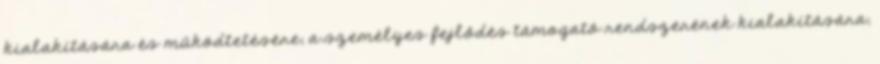
kialakítására és működtetésére, a személyes fejlődés támogató rendszerének kialakítására,